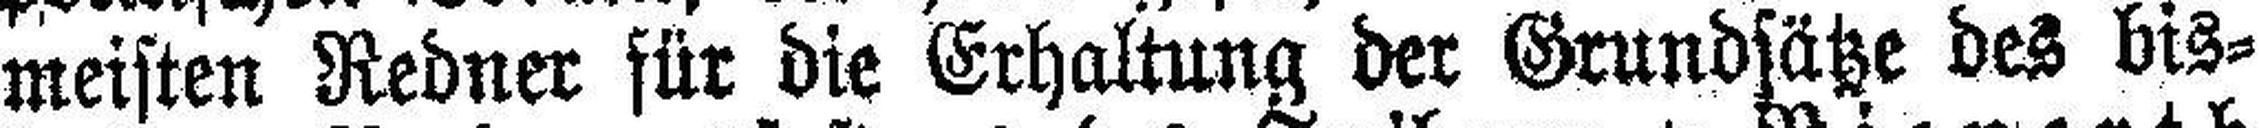
meisten Redner für die Erhaltung der Grundsätze des bis¬